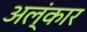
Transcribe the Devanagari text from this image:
अल्ंकार